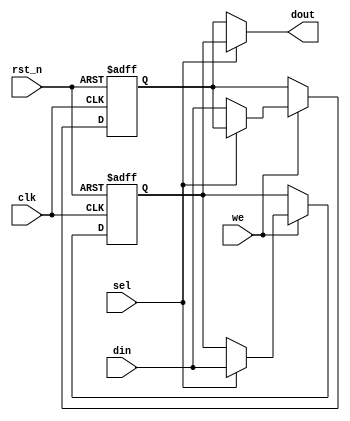
module double_buffer_register #(
    parameter DATA_WIDTH = 8  // Parameter for width of the data
)(
    input wire clk,            // Clock input
    input wire rst_n,         // Active low reset
    input wire we,            // Write Enable
    input wire sel,           // Select signal for active buffer
    input wire [DATA_WIDTH-1:0] din, // Data input
    output reg [DATA_WIDTH-1:0] dout // Data output
);

    // Declaration of the two buffers
    reg [DATA_WIDTH-1:0] buffer_a; // Buffer A
    reg [DATA_WIDTH-1:0] buffer_b; // Buffer B

    // Write Operation
    always @(posedge clk or negedge rst_n) begin
        if (!rst_n) begin
            buffer_a <= {DATA_WIDTH{1'b0}}; // Clear Buffer A on reset
            buffer_b <= {DATA_WIDTH{1'b0}}; // Clear Buffer B on reset
        end else if (we) begin
            if (sel) begin
                buffer_a <= din; // Write to Buffer A
            end else begin
                buffer_b <= din; // Write to Buffer B
            end
        end
    end

    // Read Operation
    always @(*) begin
        if (sel) begin
            dout = buffer_a; // Output from Buffer A
        end else begin
            dout = buffer_b; // Output from Buffer B
        end
    end

endmodule